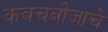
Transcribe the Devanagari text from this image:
कवचबीजाचे